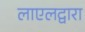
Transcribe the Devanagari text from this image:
लाएलद्वारा